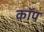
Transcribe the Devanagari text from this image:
काॅप